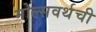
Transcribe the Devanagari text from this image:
मोल्सवर्थची